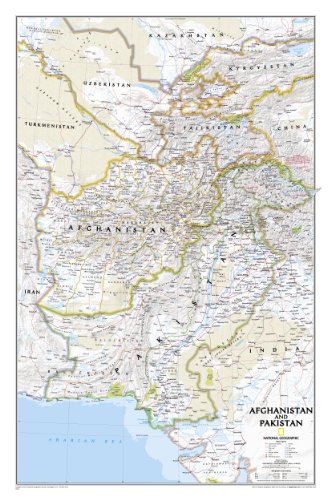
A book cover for Afghanistan, Pakistan [Laminated] (National Geographic Reference Map); National Geographic Maps - Reference; Travel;